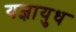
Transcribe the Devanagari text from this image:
यज्ञायुध